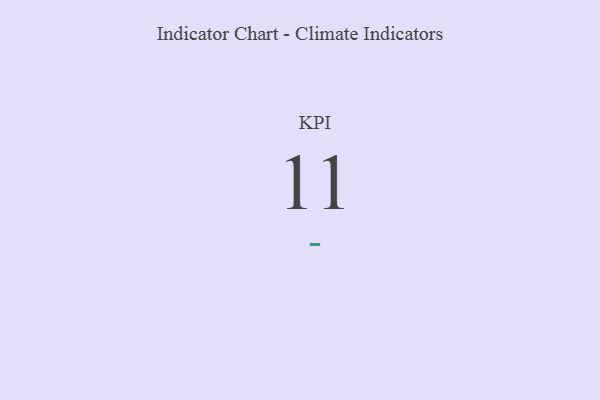
{"axis": {"x": "KPI", "y": "Value"}, "legend": [""], "data": [{"x": "KPI", "y": 11, "type": ""}]}